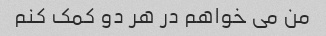
من می خواهم در هر دو کمک کنم